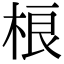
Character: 桹